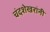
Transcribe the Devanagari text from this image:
चंदशेखरांनी